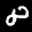
Label: 8